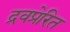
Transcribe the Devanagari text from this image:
द्रवप्रेरित